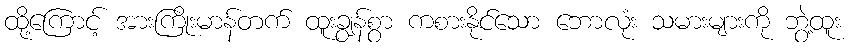
ထို့ကြောင့် အားကြိုးမာန်တက် ထူးချွန်စွာ ကစားနိုင်သော ဘောလုံး သမားများကို ဘွဲ့ထူး